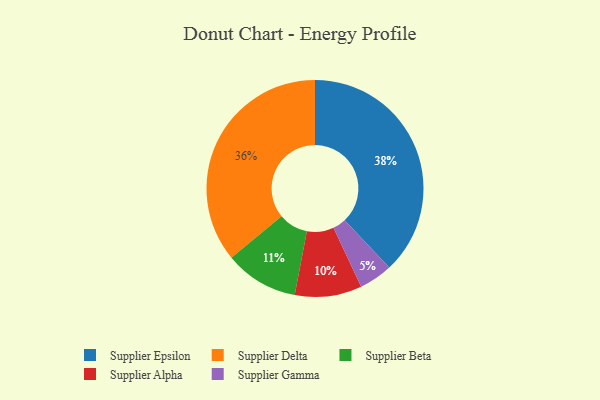
{"axis": {"x": "Category", "y": "Percentage"}, "legend": ["Supplier Alpha", "Supplier Beta", "Supplier Delta", "Supplier Epsilon", "Supplier Gamma"], "data": [{"x": "Supplier Alpha", "y": 10, "type": "Supplier Alpha"}, {"x": "Supplier Delta", "y": 36, "type": "Supplier Delta"}, {"x": "Supplier Beta", "y": 11, "type": "Supplier Beta"}, {"x": "Supplier Gamma", "y": 5, "type": "Supplier Gamma"}, {"x": "Supplier Epsilon", "y": 38, "type": "Supplier Epsilon"}]}